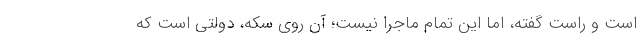
است و راست گفته، اما این تمام ماجرا نیست؛ آن روی سکه، دولتی است که